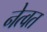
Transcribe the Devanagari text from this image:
नेत्वत